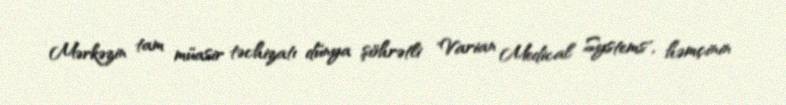
Mərkəzin tam müasir təchizatı dünya şöhrətli "Varian Medical Systems", həmçinin